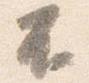
不